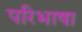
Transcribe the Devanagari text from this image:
परिभाषा